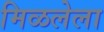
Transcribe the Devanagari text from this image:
मिळलेला